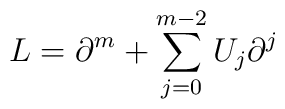
L=\partial ^m+\sum_{j=0}^{m-2}U_j\partial ^j